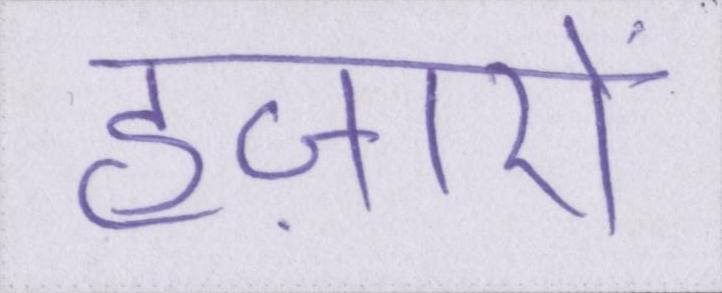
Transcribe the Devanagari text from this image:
हज़ारों